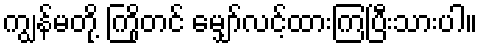
ကျွန်မတို့ ကြိုတင် မျှော်လင့်ထားကြပြီးသားပါ။